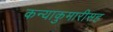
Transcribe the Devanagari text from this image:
कन्याकुमारीसह